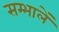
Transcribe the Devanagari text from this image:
सम्भालें